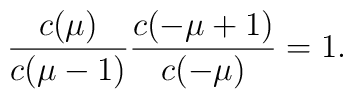
\frac{c(\mu)}{c(\mu -1)}\frac{c(-\mu+1)}{c(-\mu)} =1 .